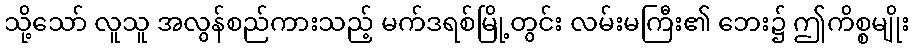
သို့သော် လူသူ အလွန်စည်ကားသည့် မက်ဒရစ်မြို့တွင်း လမ်းမကြီး၏ ဘေး၌ ဤကိစ္စမျိုး